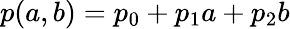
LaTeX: p(a,b)=p_{0}+p_{1}a+p_{2}b